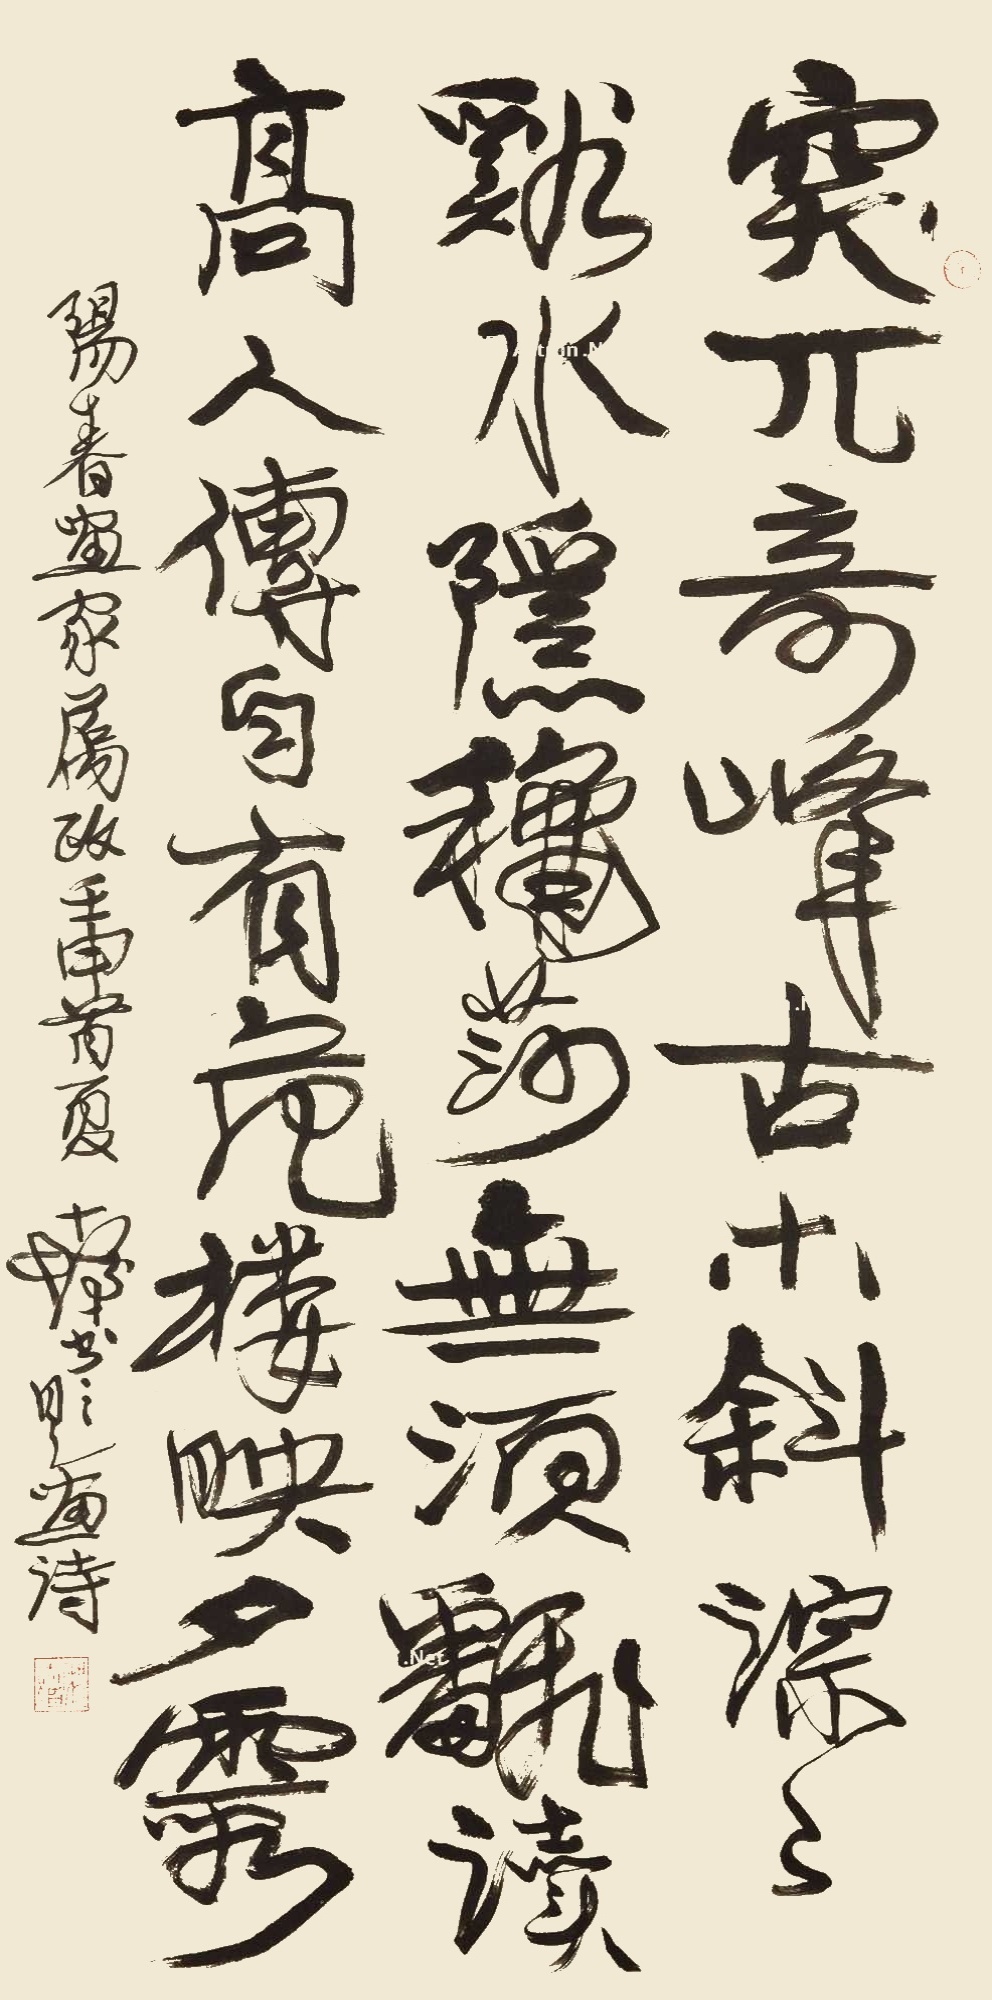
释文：突兀奇峰古木斜，淙淙谿水隐龝莎。无须乱读高人传，自有危楼映夕霞。阳春画家属政，壬申（1992）首夏，十发书题画诗。